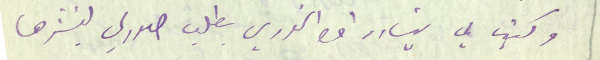
وكتب لي بشاره افندى الخوري بطلب صورتي لينشرها